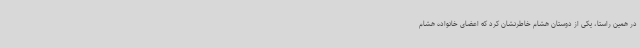
در همین راستا، یکی از دوستان هشام خاطرنشان کرد که اعضای خانواده هشام